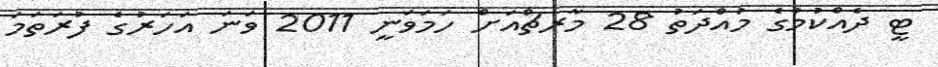
ޓީ ދެއްކުމުގެ މުއްދަތު 28 މާރޗްއަށް ހަމަވަނީ 2011 ވަނަ އަހަރުގެ ފުރަތަމަ